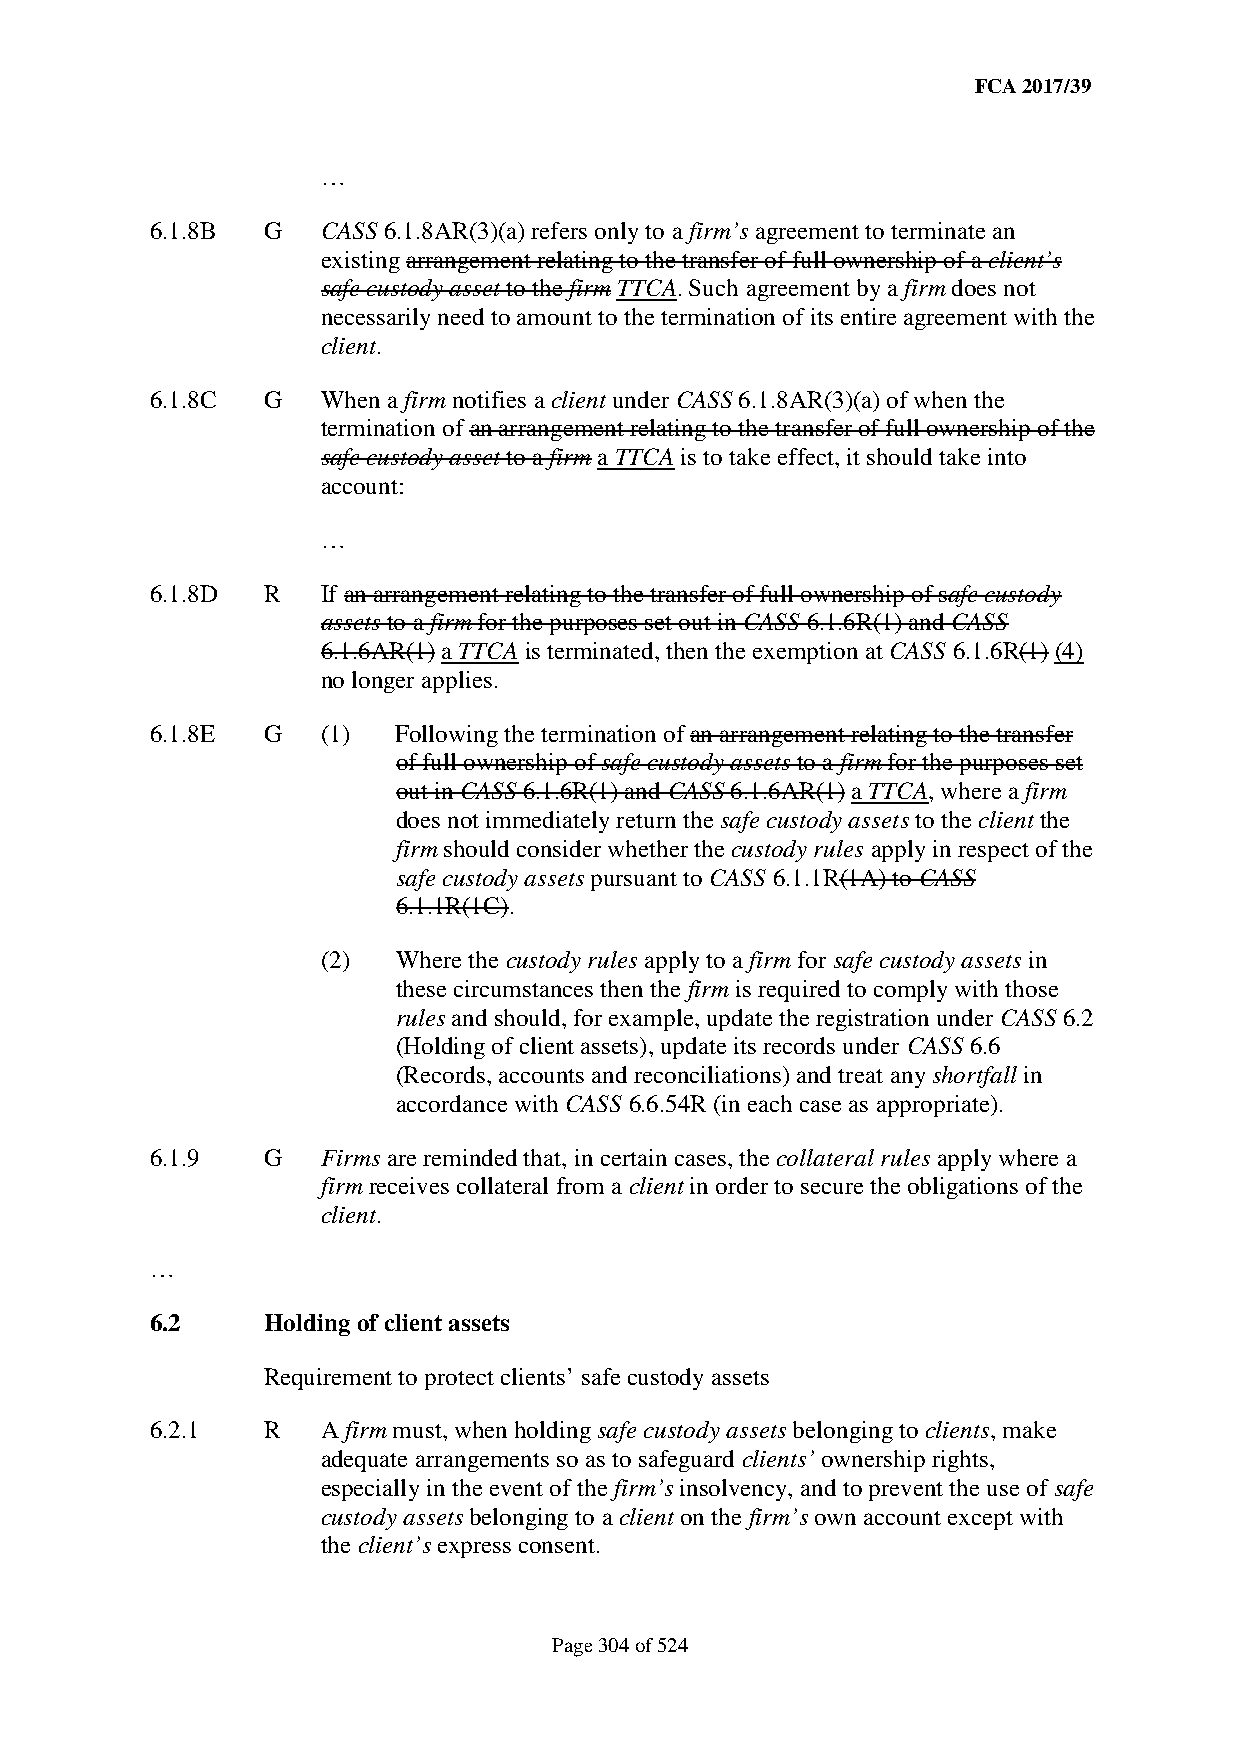
FCA 2017/39
 …
 6.1.8B G   CASS 6.1.8AR(3)(a) refers only to a firm’s agreement to terminate an
 existing arrangement relating to the transfer of full ownership of a client’s
 safe custody asset to the firm TTCA. Such agreement by a firm does not
 necessarily need to amount to the termination of its entire agreement with the
 client.
 6.1.8C G   When a firm notifies a client under CASS 6.1.8AR(3)(a) of when the
 termination of an arrangement relating to the transfer of full ownership of the
 safe custody asset to a firm a TTCA is to take effect, it should take into
 account:
 …
 6.1.8D R   If an arrangement relating to the transfer of full ownership of safe custody
 assets to a firm for the purposes set out in CASS 6.1.6R(1) and CASS
 6.1.6AR(1) a TTCA is terminated, then the exemption at CASS 6.1.6R(1) (4)
 no longer applies.
 6.1.8E G   (1)  Following the termination of an arrangement relating to the transfer
 of full ownership of safe custody assets to a firm for the purposes set
 out in CASS 6.1.6R(1) and CASS 6.1.6AR(1) a TTCA, where a firm
 does not immediately return the safe custody assets to the client the
 firm should consider whether the custody rules apply in respect of the
 safe custody assets pursuant to CASS 6.1.1R(1A) to CASS
 6.1.1R(1C).
 (2)  Where the custody rules apply to a firm for safe custody assets in
 these circumstances then the firm is required to comply with those
 rules and should, for example, update the registration under CASS 6.2
 (Holding of client assets), update its records under CASS 6.6
 (Records, accounts and reconciliations) and treat any shortfall in
 accordance with CASS 6.6.54R (in each case as appropriate).
 6.1.9  G   Firms are reminded that, in certain cases, the collateral rules apply where a
 firm receives collateral from a client in order to secure the obligations of the
 client.
 …
 6.2    Holding of client assets
 Requirement to protect clients’ safe custody assets
 6.2.1  R   A firm must, when holding safe custody assets belonging to clients, make
 adequate arrangements so as to safeguard clients’ ownership rights,
 especially in the event of the firm’s insolvency, and to prevent the use of safe
 custody assets belonging to a client on the firm’s own account except with
 the client’s express consent.
 Page 304 of 524